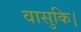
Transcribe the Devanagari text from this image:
वासुकि।